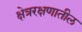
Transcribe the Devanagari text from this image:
क्षेत्ररक्षणातील